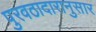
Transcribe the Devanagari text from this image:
पुरवठादारानुसार